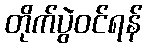
တိုက်ပွဲဝင်ရန်